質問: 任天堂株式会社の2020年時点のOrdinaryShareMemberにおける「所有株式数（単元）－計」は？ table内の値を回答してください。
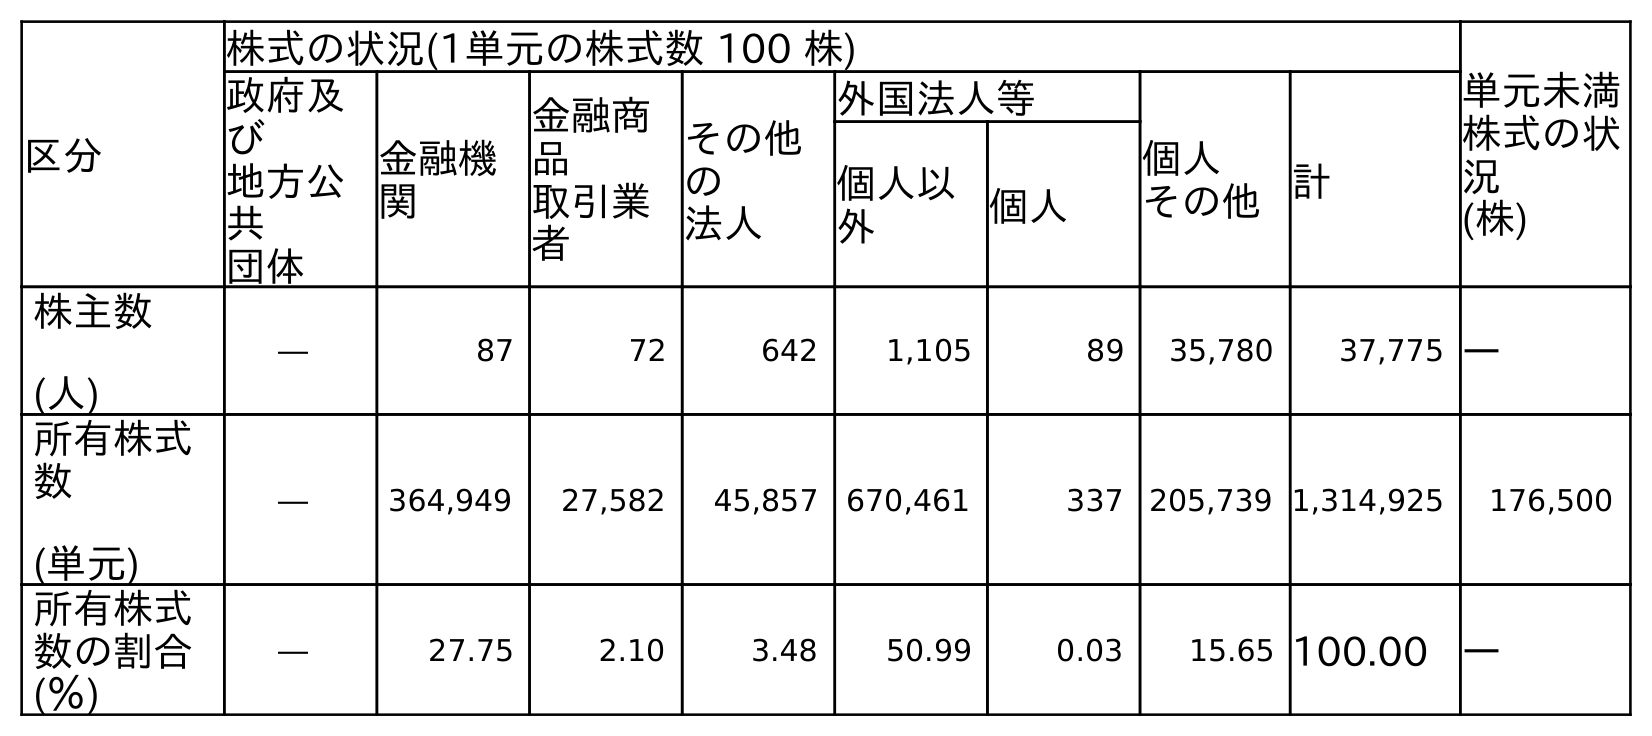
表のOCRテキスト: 区分 株式の状況(1単元の株式数 100 株) 単元未満 株式の状 況 (株) 政府及 び 地方公 共 団体 金融機 関 金融商 品 取引業 者 その他 の 法人 外国法人等 個人 その他計 個人以 外 個人 株主数 (人) ― 87 72 642 1,105 89 35,780 37,775 ― 所有株式 数 (単元) ― 364,949 27,582 45,857 670,461 337 205,739 1,314,925 176,500 所有株式 数の割合 (％) ― 27.75 2.10 3.48 50.99 0.03 15.65 100.00 ―
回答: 1,314,925